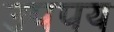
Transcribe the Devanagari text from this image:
उपपय